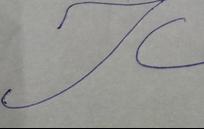
Signature authenticity: forged